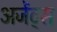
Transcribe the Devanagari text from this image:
अजेंट्स